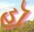
હૉ